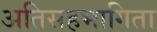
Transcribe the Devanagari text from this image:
अतिसहभागिता